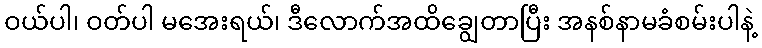
ဝယ်ပါ၊ ဝတ်ပါ မအေးရယ်၊ ဒီလောက်အထိချွေတာပြီး အနစ်နာမခံစမ်းပါနဲ့